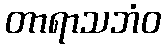
တာရာသဘံဝ